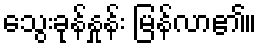
သွေးခုန်နှုန်း မြန်လာ၏။